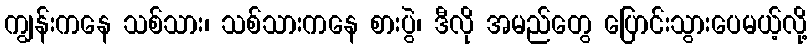
ကျွန်းကနေ သစ်သား၊ သစ်သားကနေ စားပွဲ၊ ဒီလို အမည်တွေ ပြောင်းသွားပေမယ့်လို့